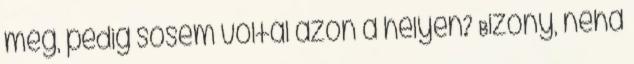
meg, pedig sosem voltál azon a helyen? Bizony, néha